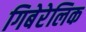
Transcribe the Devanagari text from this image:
गिबेरेलिक